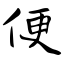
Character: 便